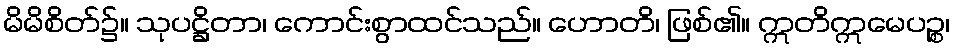
မိမိစိတ်၌။ သုပဋ္ဌိတာ၊ ကောင်းစွာထင်သည်။ ဟောတိ၊ ဖြစ်၏။ ဣတိဣမေပဉ္စ၊